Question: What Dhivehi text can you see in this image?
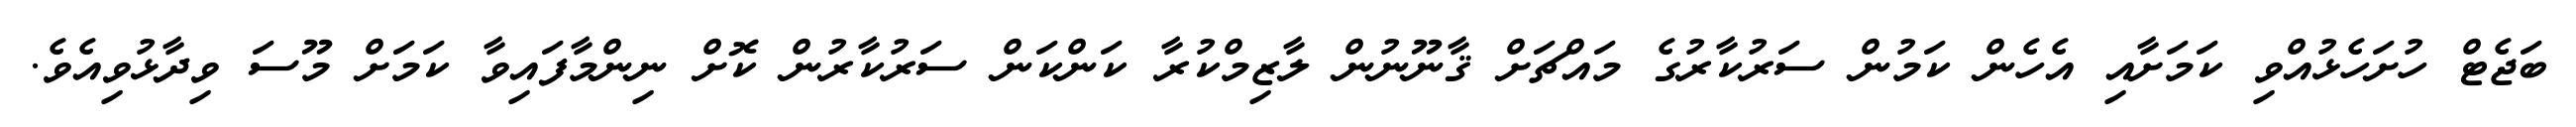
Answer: ބަޖެޓް ހުށަހެޅުއްވި ކަމަށާއި އެހެން ކަމުން ސަރުކާރުގެ މައްޗަށް ޤާނޫނުން ލާޒިމްކުރާ ކަންކަން ސަރުކާރުން ކޮށް ނިންމާފައިވާ ކަމަށް މޫސަ ވިދާޅުވިއެވެ.